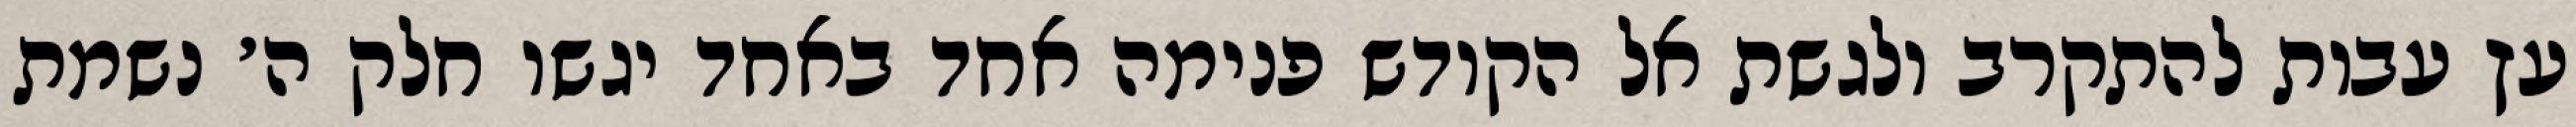
עץ עבות להתקרב ולגשת אל הקודש פנימה אחד באחד יגשו חלק ה׳ נשמת